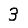
Digit: 3